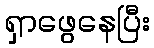
ရှာဖွေနေပြီး